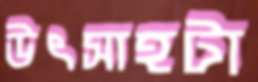
উৎসাহটা